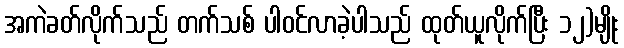
အကဲခတ်လိုက်သည် တက်သစ် ပါဝင်လာခဲ့ပါသည် ထုတ်ယူလိုက်ပြီး ၁၂)မျိုး